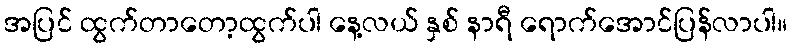
အပြင် ထွက်တာတော့ထွက်ပါ နေ့လယ် နှစ် နာရီ ရောက်အောင်ပြန်လာပါ။